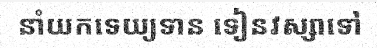
នាំយកទេយ្យទាន ទៀនវស្សាទៅ